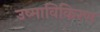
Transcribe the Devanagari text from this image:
उष्माविकिरण